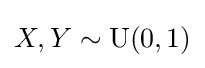
X,Y\sim {\textrm {U}}(0,1)